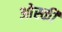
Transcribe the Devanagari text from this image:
ओस्की